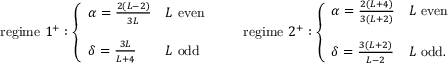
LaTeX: \mathrm { r e g i m e ~ } 1 ^ { + } : \left\{ \begin{array} { l l } { { \alpha = \frac { 2 ( L - 2 ) } { 3 L } } } & { { L \mathrm { ~ e v e n } } } \\ { { } } & { { } } \\ { { \delta = \frac { 3 L } { L + 4 } } } & { { L \mathrm { ~ o d d } } } \end{array} \right. \qquad \mathrm { r e g i m e ~ } 2 ^ { + } : \left\{ \begin{array} { l l } { { \alpha = \frac { 2 ( L + 4 ) } { 3 ( L + 2 ) } } } & { { L \mathrm { ~ e v e n } } } \\ { { } } & { { } } \\ { { \delta = \frac { 3 ( L + 2 ) } { L - 2 } } } & { { L \mathrm { ~ o d d } . } } \end{array} \right.